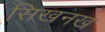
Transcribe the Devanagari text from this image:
सिखनख